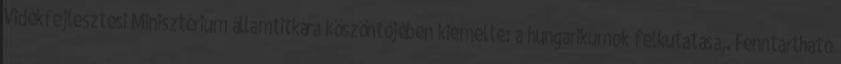
Vidékfejlesztési Minisztérium államtitkára köszöntőjében kiemelte: a hungarikumok felkutatása,. Fenntartható